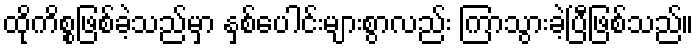
ထိုကိစ္စဖြစ်ခဲ့သည်မှာ နှစ်ပေါင်းများစွာလည်း ကြာသွားခဲ့ပြီဖြစ်သည်။